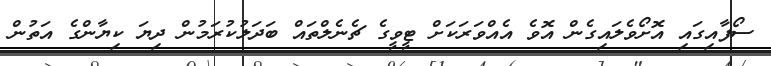
ސޯފާއިގައި އޮށޯވެލައިގެން އޮވެ އެއްވަރަކަށް ޓީވީގެ ޗެނެލްތައް ބަދަލުކުރަމުން ދިޔަ ކިޔާންގެ އަތުން